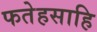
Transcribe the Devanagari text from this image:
फतेहसाहि